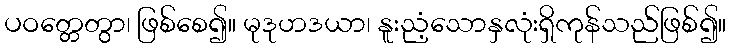
ပဝတ္တေတွာ၊ ဖြစ်စေ၍။ မုဒုဟဒယာ၊ နူးညံ့သောနှလုံးရှိကုန်သည်ဖြစ်၍။